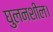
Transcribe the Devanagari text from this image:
घुलनशील।